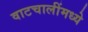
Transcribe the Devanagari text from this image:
वाटचालींमध्ये